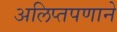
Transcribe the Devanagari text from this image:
अलिप्तपणाने